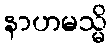
နာဟမသ္မိ